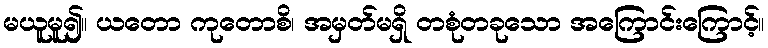
မယူမူ၍။ ယတော ကုတောစိ၊ အမှတ်မရှိ တစုံတခုသော အကြောင်းကြောင့်။